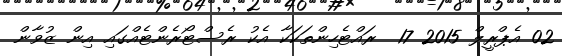
02 އެޕްރީލް 2015 17  ރައްޓެހިންތަކަކާ އެކު ރެސްޓޯރެންޓެއްގައި އިން ޒުވާން